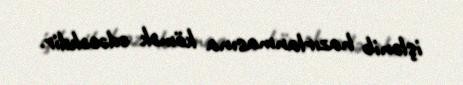
işlənib hazırlanmasına kömək edəcəkdir.